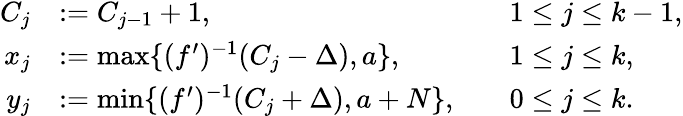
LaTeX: \begin{array}{rlrl}{C_{j}}&{:=C_{j-1}+1,}&&{1\le j\le k-1,}\\ {x_{j}}&{:=\operatorname*{max}\{ (f^{\prime})^{-1}(C_{j}-\Delta),a\} ,}&&{1\le j\le k,}\\ {y_{j}}&{:=\operatorname*{min}\{ (f^{\prime})^{-1}(C_{j}+\Delta),a+N\} ,}&&{0\le j\le k.}\end{array}